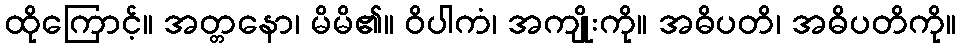
ထိုကြောင့်။ အတ္တနော၊ မိမိ၏။ ဝိပါကံ၊ အကျိုးကို။ အဓိပတိ၊ အဓိပတိကို။